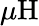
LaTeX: \mu\mathrm{H}